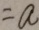
= a